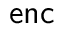
\mathsf { e n c }